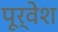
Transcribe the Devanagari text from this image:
पूर्वेश